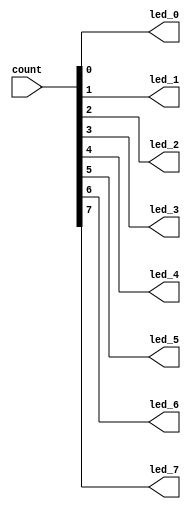

module count_leds (
    input [7:0] count,
    output led_0,
    output led_1,
    output led_2,
    output led_3,
    output led_4,
    output led_5,
    output led_6,
    output led_7
);

    assign led_0 = count[0];
    assign led_1 = count[1];
    assign led_2 = count[2];
    assign led_3 = count[3];
    assign led_4 = count[4];
    assign led_5 = count[5];
    assign led_6 = count[6];
    assign led_7 = count[7];
    
endmodule